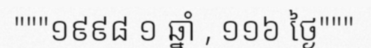
"""១៩៩៨ ១ ឆ្នាំ , ១១៦ ថ្ងៃ"""